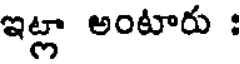
ఇట్లా అంటారు :